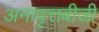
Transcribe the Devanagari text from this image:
अनावृत्तबीजी